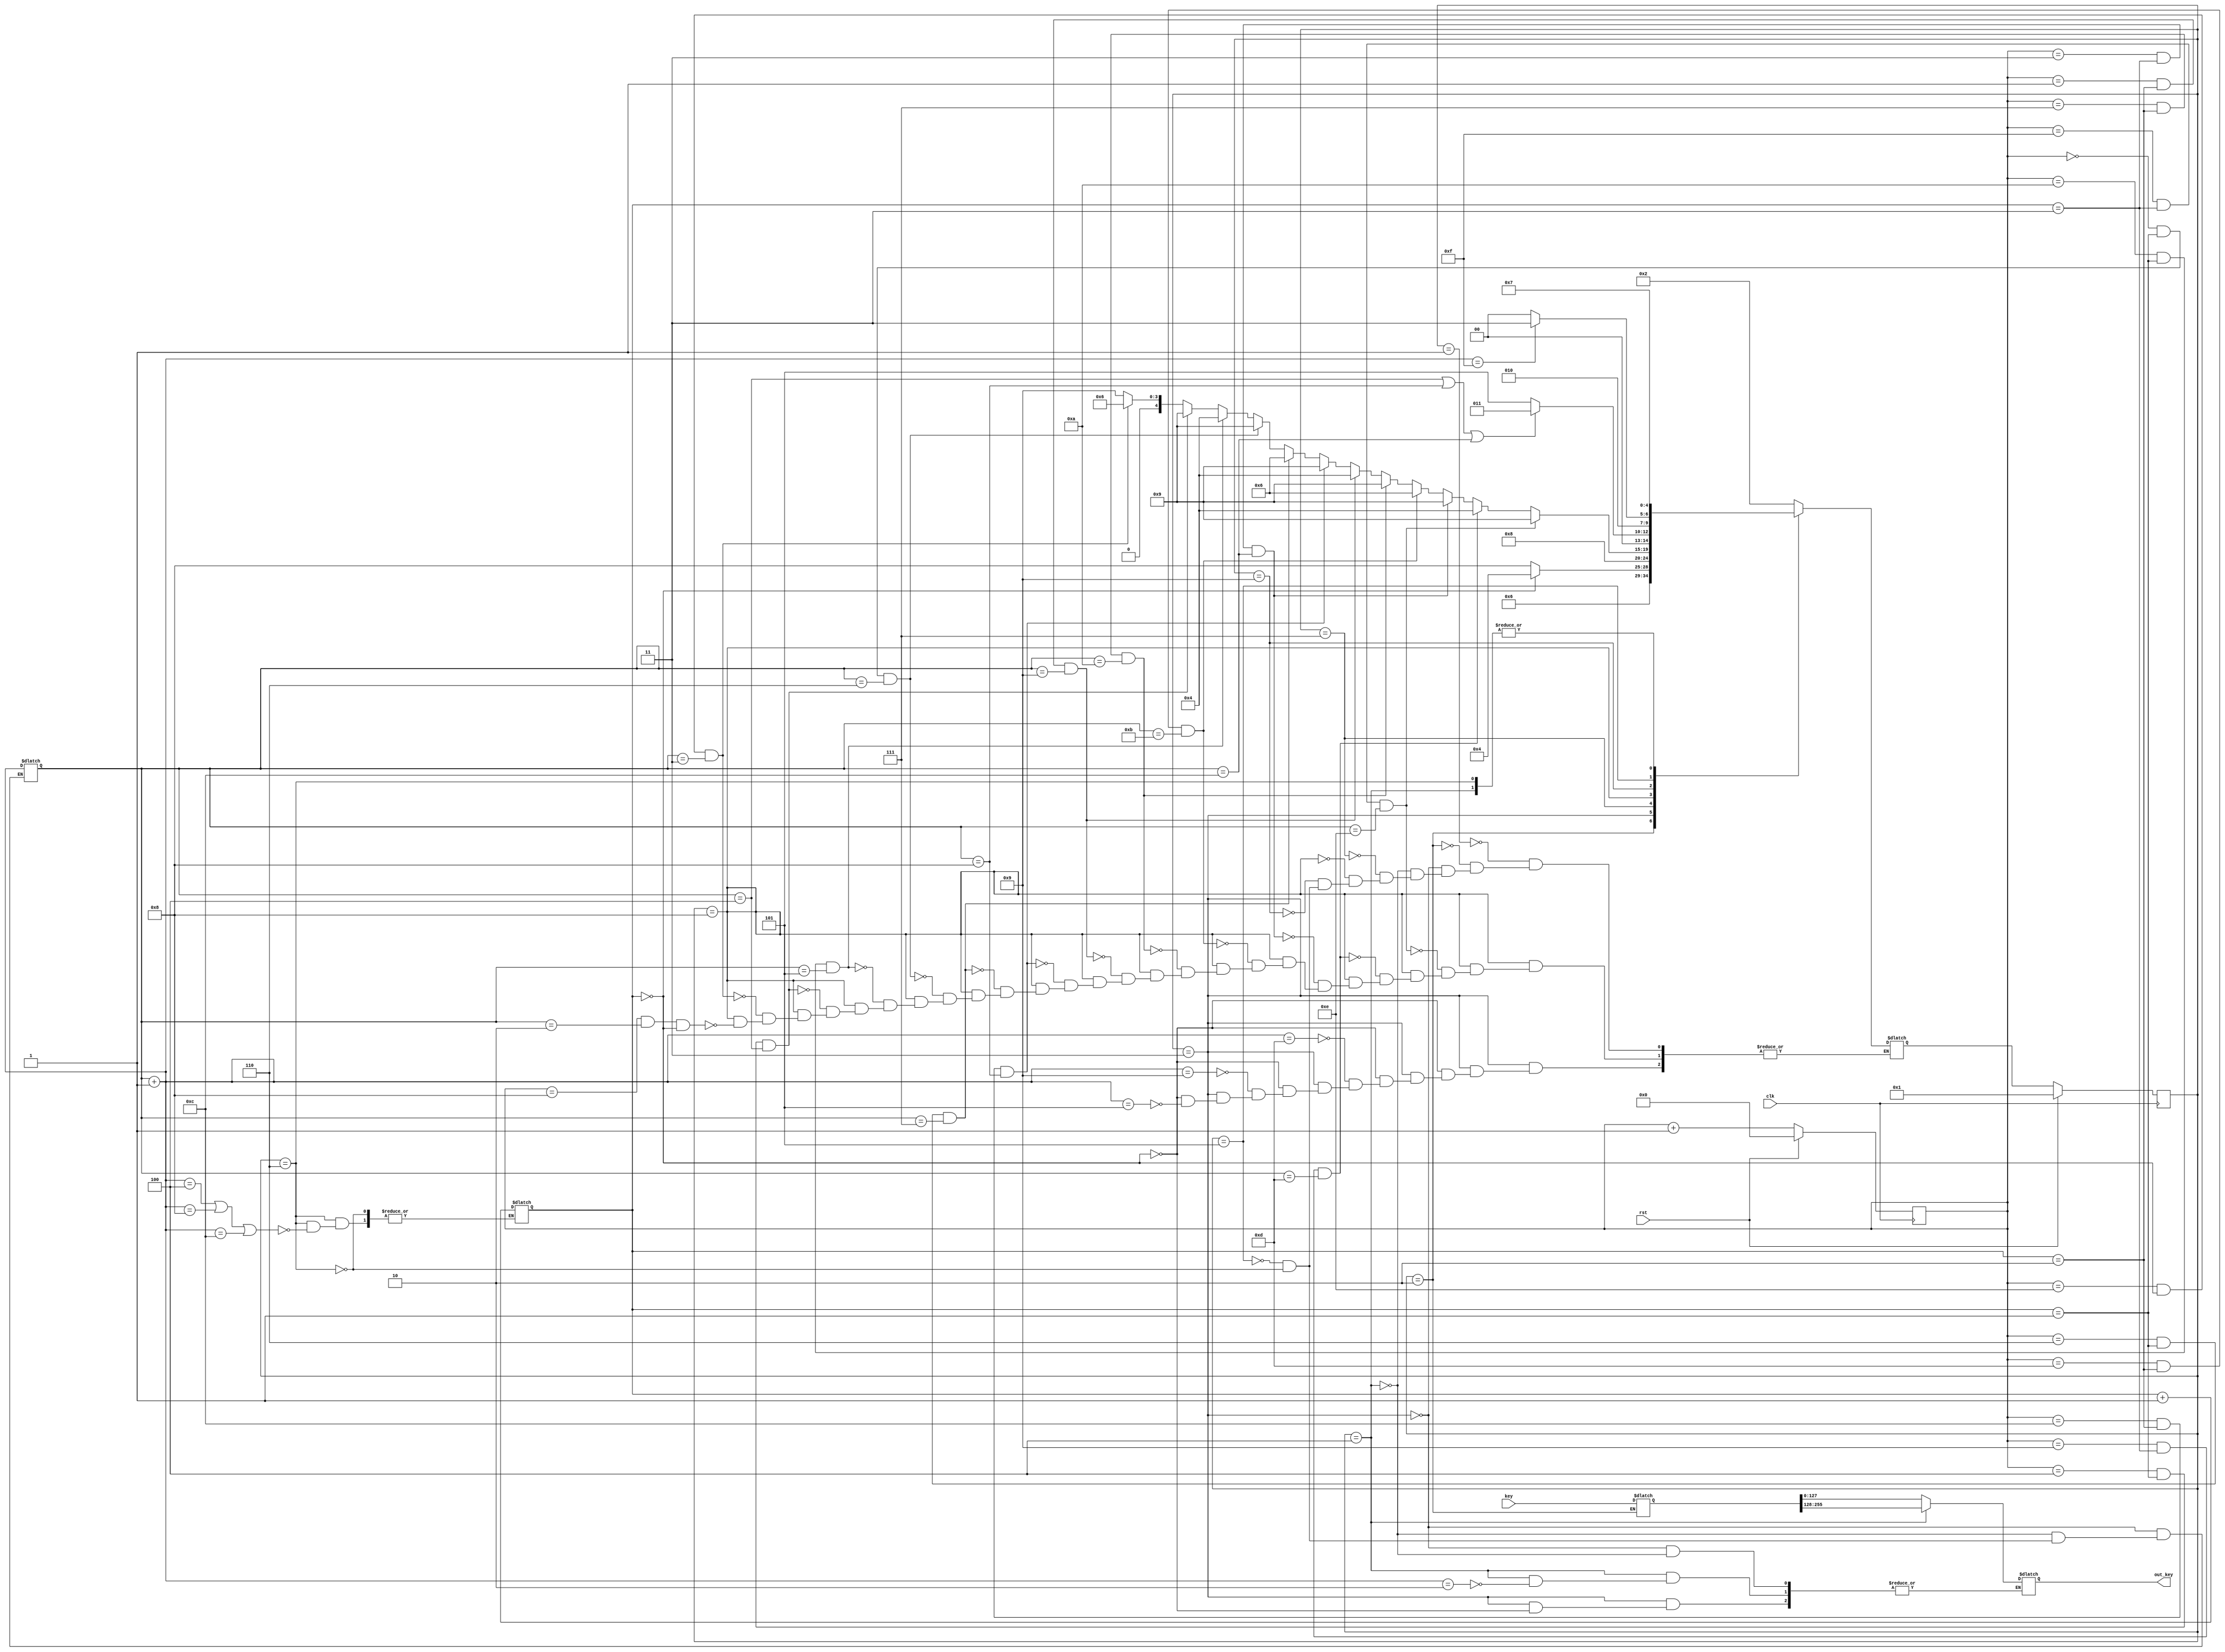
module keyexpansion (
    input wire [255:0] key,
    input wire clk,
    input wire rst,
    output reg [127:0] out_key


);  reg [255:0] key_in,word;
    reg [127:0] expansion1,expansion2,expansion3,expansion4,round1_result,round2_result,round3_result,round4_result,round5_result,round6_result,round7_result,round8_result,round9_result,round10_result,round11_result,round12_result,round13_result,round14_result,round15_result=128'h0;
	reg expansion3_enable,expansion4_enable;
    reg [31:0] temp,temp2,rot,sub,round_constant=32'b0;
    reg [1:0] sub_counter,second_subcounter =2'b00;
    reg [4:0] state,nextstate =4'b0000;
    reg [3:0] word_counter,sub_roundcounter=4'b0000;
	reg [3:0] rounds_counter=4'b0000;

   localparam  IDLE=4'b0001 ;
   localparam  START=4'b0010 ;
   localparam  EXPANSION_1=4'b0011 ;
   localparam  EXPANSION_2=4'b0100 ;
   localparam  EXPANSION_3=4'b0101 ;
   localparam  EXPANSION_4=4'b0110 ;
   localparam  ROT_BYTE=4'b0111 ;
   localparam  SUB_BYTE=4'b1000 ;
   localparam  RC_CON=4'b1001 ;
   localparam  XOR=4'b1010 ;
   localparam  DONE=4'b1011 ;


always @(posedge clk) begin
        if (rst) begin
            state <= IDLE;
            word_counter <= 4'b0000;
            sub_counter <= 2'b00;
        end 
		else begin
            state <= nextstate;
            word_counter <= word_counter + 1;
            sub_counter <= sub_counter + 1;
           
        end
    end
always @(*) begin
    second_subcounter = sub_counter;
    case (state)
        IDLE: begin
            nextstate = START;
        end

        START: begin
            key_in = key;
            nextstate = EXPANSION_1;
        end

        EXPANSION_1: begin
			sub_roundcounter = sub_roundcounter + 1;
            if (rounds_counter == 1'h0) begin
                expansion1 = key_in[127:0];
                round1_result = expansion1;
                out_key =round1_result;
				nextstate=EXPANSION_2;
            end 
		
			else begin
			if(sub_roundcounter == 4'h5) begin
                expansion1[31:0]   = round3_result[31:0] ^ temp2;
                expansion1[63:32]  = round3_result[63:32] ^ expansion1[31:0];
                expansion1[95:64]  = round3_result[95:64] ^ expansion1[63:32];
                expansion1[127:96] = round3_result[127:96] ^ expansion1[95:64];
				round5_result=expansion1;
				rot = round5_result[127:96];
                second_subcounter=2'h0;
				nextstate =SUB_BYTE;
            end
             if(sub_roundcounter == 4'h9) begin
                 expansion1[31:0]   = round7_result[31:0] ^ temp2;
                 expansion1[63:32]  = round7_result[63:32] ^ expansion1[31:0];
                 expansion1[95:64]  = round7_result[95:64] ^ expansion1[63:32];
                 expansion1[127:96] = round7_result[127:96] ^ expansion1[95:64];
				round9_result=expansion1;
				rot = round9_result[127:96];
                second_subcounter=2'h0;
				nextstate =SUB_BYTE;
            end
            if(sub_roundcounter == 4'hD) begin
                 expansion1[31:0]   = round11_result[31:0] ^ temp2;
                 expansion1[63:32]  = round11_result[63:32] ^ expansion1[31:0];
                 expansion1[95:64]  = round11_result[95:64] ^ expansion1[63:32];
                 expansion1[127:96] = round11_result[127:96] ^ expansion1[95:64];
				round13_result=expansion1;
				rot = round13_result[127:96];
                second_subcounter=2'h0;
				nextstate =SUB_BYTE;
            end
			end
		end
        
		EXPANSION_2: begin 	
			sub_roundcounter=sub_roundcounter+1;
            if (sub_roundcounter == 4'h2) begin
                expansion2 = key_in[256:128];
                temp = expansion2[127:96];
                round2_result = expansion2;
                out_key=round2_result;
            end

            if(sub_roundcounter==4'h6)begin

                 expansion2[31:0]   = round4_result[31:0] ^ temp2;
                expansion2[63:32]  = round4_result[63:32] ^ expansion2[31:0];
                expansion2[95:64]  = round4_result[95:64] ^ expansion2[63:32];
                expansion2[127:96] = round4_result[127:96] ^ expansion2[95:64];
				round6_result=expansion2;
                temp=round6_result[127:96];
            end
            if(sub_roundcounter==4'hA)begin

                 expansion2[31:0]   = round8_result[31:0] ^ temp2;
                expansion2[63:32]  = round8_result[63:32] ^ expansion2[31:0];
                expansion2[95:64]  = round8_result[95:64] ^ expansion2[63:32];
                expansion2[127:96] = round8_result[127:96] ^ expansion2[95:64];
				round10_result=expansion2;
                temp=round10_result[127:96];
            end
              if(sub_roundcounter==4'hE)begin

                 expansion2[31:0]   = round12_result[31:0] ^ temp2;
                expansion2[63:32]  = round12_result[63:32] ^ expansion2[31:0];
                expansion2[95:64]  = round12_result[95:64] ^ expansion2[63:32];
                expansion2[127:96] = round12_result[127:96] ^ expansion2[95:64];
				round14_result=expansion2;
                temp=round14_result[127:96];
            end

            nextstate = ROT_BYTE;

        end

        ROT_BYTE: begin
            sub_counter = 2'b00;
            rot = {temp[23:0], temp[31:24]};
            nextstate = SUB_BYTE;
        end
       SUB_BYTE: begin
                
                 
                    case (rot[7:0])
                        8'h00: sub = 8'h63; 8'h01: sub = 8'h7c; 8'h02: sub = 8'h77; 8'h03: sub = 8'h7b;
                        8'h04: sub = 8'hf2; 8'h05: sub = 8'h6b; 8'h06: sub = 8'h6f; 8'h07: sub = 8'hc5;
                        8'h08: sub = 8'h30; 8'h09: sub = 8'h01; 8'h0a: sub = 8'h67; 8'h0b: sub = 8'h2b;
                        8'h0c: sub = 8'hfe; 8'h0d: sub = 8'hd7; 8'h0e: sub = 8'hab; 8'h0f: sub = 8'h76;
                        8'h10: sub = 8'hca; 8'h11: sub = 8'h82; 8'h12: sub = 8'hc9; 8'h13: sub = 8'h7d;
                        8'h14: sub = 8'hfa; 8'h15: sub = 8'h59; 8'h16: sub = 8'h47; 8'h17: sub = 8'hf0;
                        8'h18: sub = 8'had; 8'h19: sub = 8'hd4; 8'h1a: sub = 8'ha2; 8'h1b: sub = 8'haf;
                        8'h1c: sub = 8'h9c; 8'h1d: sub = 8'ha4; 8'h1e: sub = 8'h72; 8'h1f: sub = 8'hc0;
                        8'h20: sub = 8'hb7; 8'h21: sub = 8'hfd; 8'h22: sub = 8'h93; 8'h23: sub = 8'h26;
                        8'h24: sub = 8'h36; 8'h25: sub = 8'h3f; 8'h26: sub = 8'hf7; 8'h27: sub = 8'hcc;
                        8'h28: sub = 8'h34; 8'h29: sub = 8'ha5; 8'h2a: sub = 8'he5; 8'h2b: sub = 8'hf1;
                        8'h2c: sub = 8'h71; 8'h2d: sub = 8'hd8; 8'h2e: sub = 8'h31; 8'h2f: sub = 8'h15;
                        8'h30: sub = 8'h04; 8'h31: sub = 8'hc7; 8'h32: sub = 8'h23; 8'h33: sub = 8'hc3;
                        8'h34: sub = 8'h18; 8'h35: sub = 8'h96; 8'h36: sub = 8'h05; 8'h37: sub = 8'h9a;
                        8'h38: sub = 8'h07; 8'h39: sub = 8'h12; 8'h3a: sub = 8'h80; 8'h3b: sub = 8'he2;
                        8'h3c: sub = 8'heb; 8'h3d: sub = 8'h27; 8'h3e: sub = 8'hb2; 8'h3f: sub = 8'h75;
                        8'h40: sub = 8'h09; 8'h41: sub = 8'h83; 8'h42: sub = 8'h2c; 8'h43: sub = 8'h1a;
                        8'h44: sub = 8'h1b; 8'h45: sub = 8'h6e; 8'h46: sub = 8'h5a; 8'h47: sub = 8'ha0;
                        8'h48: sub = 8'h52; 8'h49: sub = 8'h3b; 8'h4a: sub = 8'hd6; 8'h4b: sub = 8'hb3;
                        8'h4c: sub = 8'h29; 8'h4d: sub = 8'he3; 8'h4e: sub = 8'h2f; 8'h4f: sub = 8'h84;
                        8'h50: sub = 8'h53; 8'h51: sub = 8'hd1; 8'h52: sub = 8'h00; 8'h53: sub = 8'hed;
                        8'h54: sub = 8'h20; 8'h55: sub = 8'hfc; 8'h56: sub = 8'hb1; 8'h57: sub = 8'h5b;
                        8'h58: sub = 8'h6a; 8'h59: sub = 8'hcb; 8'h5a: sub = 8'hbe; 8'h5b: sub = 8'h39;
                        8'h5c: sub = 8'h4a; 8'h5d: sub = 8'h4c; 8'h5e: sub = 8'h58; 8'h5f: sub = 8'hcf;
                        8'h60: sub = 8'hd0; 8'h61: sub = 8'hef; 8'h62: sub = 8'haa; 8'h63: sub = 8'hfb;
                        8'h64: sub = 8'h43; 8'h65: sub = 8'h4d; 8'h66: sub = 8'h33; 8'h67: sub = 8'h85;
                        8'h68: sub = 8'h45; 8'h69: sub = 8'hf9; 8'h6a: sub = 8'h02; 8'h6b: sub = 8'h7f;
                        8'h6c: sub = 8'h50; 8'h6d: sub = 8'h3c; 8'h6e: sub = 8'h9f; 8'h6f: sub = 8'ha8;
                        8'h70: sub = 8'h51; 8'h71: sub = 8'ha3; 8'h72: sub = 8'h40; 8'h73: sub = 8'h8f;
                        8'h74: sub = 8'h92; 8'h75: sub = 8'h9d; 8'h76: sub = 8'h38; 8'h77: sub = 8'hf5;
                        8'h78: sub = 8'hbc; 8'h79: sub = 8'hb6; 8'h7a: sub = 8'hda; 8'h7b: sub = 8'h21;
                        8'h7c: sub = 8'h10; 8'h7d: sub = 8'hff; 8'h7e: sub = 8'hf3; 8'h7f: sub = 8'hd2;
                        8'h80: sub = 8'hcd; 8'h81: sub = 8'h0c; 8'h82: sub = 8'h13; 8'h83: sub = 8'hec;
                        8'h84: sub = 8'h5f; 8'h85: sub = 8'h97; 8'h86: sub = 8'h44; 8'h87: sub = 8'h17;
                        8'h88: sub = 8'hc4; 8'h89: sub = 8'ha7; 8'h8a: sub = 8'h7e; 8'h8b: sub = 8'h3d;
                        8'h8c: sub = 8'h64; 8'h8d: sub = 8'h5d; 8'h8e: sub = 8'h19; 8'h8f: sub = 8'h73;
                        8'h90: sub = 8'h60; 8'h91: sub = 8'h81; 8'h92: sub = 8'h4f; 8'h93: sub = 8'hdc;
                        8'h94: sub = 8'h22; 8'h95: sub = 8'h2a; 8'h96: sub = 8'h90; 8'h97: sub = 8'h88;
                        8'h98: sub = 8'h46; 8'h99: sub = 8'hee; 8'h9a: sub = 8'hb8; 8'h9b: sub = 8'h14;
                        8'h9c: sub = 8'hde; 8'h9d: sub = 8'h5e; 8'h9e: sub = 8'h0b; 8'h9f: sub = 8'hdb;
                        8'ha0: sub = 8'he0; 8'ha1: sub = 8'h32; 8'ha2: sub = 8'h3a; 8'ha3: sub = 8'h0a;
                        8'ha4: sub = 8'h49; 8'ha5: sub = 8'h06; 8'ha6: sub = 8'h24; 8'ha7: sub = 8'h5c;
                        8'ha8: sub = 8'hc2; 8'ha9: sub = 8'hd3; 8'haa: sub = 8'hac; 8'hab: sub = 8'h62;
                        8'hac: sub = 8'h91; 8'had: sub = 8'h95; 8'hae: sub = 8'he4; 8'haf: sub = 8'h79;
                        8'hb0: sub = 8'he7; 8'hb1: sub = 8'hc8; 8'hb2: sub = 8'h37; 8'hb3: sub = 8'h6d;
                        8'hb4: sub = 8'h8d; 8'hb5: sub = 8'hd5; 8'hb6: sub = 8'h4e; 8'hb7: sub = 8'ha9;
                        8'hb8: sub = 8'h6c; 8'hb9: sub = 8'h56; 8'hba: sub = 8'hf4; 8'hbb: sub = 8'hea;
                        8'hbc: sub = 8'h65; 8'hbd: sub = 8'h7a; 8'hbe: sub = 8'hae; 8'hbf: sub = 8'h08;
                        8'hc0: sub = 8'hba; 8'hc1: sub = 8'h78; 8'hc2: sub = 8'h25; 8'hc3: sub = 8'h2e;
                        8'hc4: sub = 8'h1c; 8'hc5: sub = 8'ha6; 8'hc6: sub = 8'hb4; 8'hc7: sub = 8'hc6;
                        8'hc8: sub = 8'he8; 8'hc9: sub = 8'hdd; 8'hca: sub = 8'h74; 8'hcb: sub = 8'h1f;
                        8'hcc: sub = 8'h4b; 8'hcd: sub = 8'hbd; 8'hce: sub = 8'h8b; 8'hcf: sub = 8'h8a;
                        8'hd0: sub = 8'h70; 8'hd1: sub = 8'h3e; 8'hd2: sub = 8'hb5; 8'hd3: sub = 8'h66;
                        8'hd4: sub = 8'h48; 8'hd5: sub = 8'h03; 8'hd6: sub = 8'hf6; 8'hd7: sub = 8'h0e;
                        8'hd8: sub = 8'h61; 8'hd9: sub = 8'h35; 8'hda: sub = 8'h57; 8'hdb: sub = 8'hb9;
                        8'hdc: sub = 8'h86; 8'hdd: sub = 8'hc1; 8'hde: sub = 8'h1d; 8'hdf: sub = 8'h9e;
                        8'he0: sub = 8'he1; 8'he1: sub = 8'hf8; 8'he2: sub = 8'h98; 8'he3: sub = 8'h11;
                        8'he4: sub = 8'h69; 8'he5: sub = 8'hd9; 8'he6: sub = 8'h8e; 8'he7: sub = 8'h94;
                        8'he8: sub = 8'h9b; 8'he9: sub = 8'h1e; 8'hea: sub = 8'h87; 8'heb: sub = 8'he9;
                        8'hec: sub = 8'hce; 8'hed: sub = 8'h55; 8'hee: sub = 8'h28; 8'hef: sub = 8'hdf;
                        8'hf0: sub = 8'h8c; 8'hf1: sub = 8'ha1; 8'hf2: sub = 8'h89; 8'hf3: sub = 8'h0d;
                        8'hf4: sub = 8'hbf; 8'hf5: sub = 8'he6; 8'hf6: sub = 8'h42; 8'hf7: sub = 8'h68;
                        8'hf8: sub = 8'h41; 8'hf9: sub = 8'h99; 8'hfa: sub = 8'h2d; 8'hfb: sub = 8'h0f;
                        8'hfc: sub = 8'hb0; 8'hfd: sub = 8'h54; 8'hfe: sub = 8'hbb; 8'hff: sub = 8'h16;
                    endcase

        rot = rot >> 8;
        temp2 = {sub[7:0], temp2[31:8]};
        temp = temp << 8;
    

    if (word_counter == 4'h8 && sub_roundcounter ==4'h2 && rounds_counter==4'h0) begin
        nextstate = RC_CON;
    end
    if (word_counter == 4'he && rounds_counter ==4'h0 && sub_roundcounter==4'h3) begin
        nextstate = EXPANSION_4;
    end 
    if (word_counter == 4'h4 && rounds_counter == 4'h1 &&sub_roundcounter==4'h4) begin
			  nextstate=RC_CON;
			//   nextstate=EXPANSION_1;
		end
     if (word_counter == 4'ha && rounds_counter == 4'h1 && sub_roundcounter==4'h5) begin
			//  nextstate=EXPANSION_2;
			  nextstate=EXPANSION_2;
		end
		//PASS TILL HERE WORD20
	 if (word_counter == 4'h0 && rounds_counter == 4'h1 && sub_roundcounter==4'h6) begin
			 nextstate=RC_CON;
		end
        //PASS TILL HERE WORD24
    if(word_counter ==4'h6 && rounds_counter ==4'h1 && sub_roundcounter==4'h7)begin
            nextstate=EXPANSION_4;
 end//PASS TILL HERE WORD28

    if(word_counter ==4'hc && rounds_counter ==4'h2 && sub_roundcounter==4'h8)begin
            nextstate=RC_CON;
 end//PASS TILL HERE WORD32
    if(word_counter ==4'h1 && rounds_counter ==4'h2 && sub_roundcounter==4'h9)begin
            nextstate=EXPANSION_2;
 end//PASS TILL HERE WORD36
 
    if(word_counter ==4'h7 && rounds_counter ==4'h2 && sub_roundcounter==4'ha)begin
            nextstate=RC_CON;
 end//PASS TILL HERE WORD40
    if(word_counter ==4'hD && rounds_counter ==4'h2 && sub_roundcounter==4'hB)begin
            nextstate=EXPANSION_4;
 end//PASS TILL HERE WORD44
 if(word_counter ==4'h3 && rounds_counter ==4'h3 && sub_roundcounter==4'hC)begin
            nextstate=RC_CON;
 end//PASS TILL HERE WORD48
 if(word_counter ==4'h9 && rounds_counter ==4'h3 && sub_roundcounter==4'hD)begin
            nextstate=EXPANSION_2;
 end//PASS TILL HERE WORD52
 if(word_counter ==4'hF && rounds_counter ==4'h3 && sub_roundcounter==4'hE)begin
            nextstate=RC_CON;
 end
//  if(word_counter ==4'hF && rounds_counter ==4'h3 && sub_roundcounter==4'hE)begin
//             nextstate=RC_CON;
//  end
 
       end  
		RC_CON: begin
   		 case (sub_roundcounter)
        4'h2: round_constant = {temp2[31:24] ^ 8'h01, temp2[23:0]};
        4'h4: round_constant = {temp2[31:24] ^ 8'h02, temp2[23:0]};
        4'h6: round_constant = {temp2[31:24] ^ 8'h04, temp2[23:0]};
        4'h8: round_constant = {temp2[31:24] ^ 8'h08, temp2[23:0]};
        4'hA: round_constant = {temp2[31:24] ^ 8'h10, temp2[23:0]};
        4'hC: round_constant = {temp2[31:24] ^ 8'h20, temp2[23:0]};
        4'hE: round_constant = {temp2[31:24] ^ 8'h40, temp2[23:0]};
       
    endcase

    if (sub_roundcounter == 4'h4 ||sub_roundcounter==4'h8||sub_roundcounter==4'hC) begin
        nextstate = EXPANSION_1;
    end else begin
        nextstate = EXPANSION_3;
    end
end

	EXPANSION_3: begin
		sub_roundcounter =sub_roundcounter+1;
    expansion3[31:0]  = expansion1[31:0] ^ round_constant;
    expansion3[63:32] = expansion1[63:32] ^ expansion3[31:0];
    expansion3[95:64] = expansion1[95:64] ^ expansion3[63:32];
    expansion3[127:96] = expansion1[127:96] ^ expansion3[95:64];
    
 
    rot = expansion3[127:96];
    sub_counter = 2'b00;
 
    
	if (sub_roundcounter ==4'h3) begin
        round3_result = expansion3;
    end
    if (sub_roundcounter==4'h7) begin
        round7_result=expansion3;
    end
    if (sub_roundcounter==4'hB) begin
        round11_result=expansion3;
    end
    if (sub_roundcounter==4'hF) begin
        round15_result=expansion3;
        nextstate=DONE;
    end
    else begin
 
		nextstate = SUB_BYTE;
    end
end

	EXPANSION_4: begin
		    sub_roundcounter = sub_roundcounter + 1;

    expansion4[31:0]  = expansion2[31:0] ^ temp2;
    expansion4[63:32] = expansion2[63:32] ^ expansion4[31:0];
    expansion4[95:64] = expansion2[95:64] ^ expansion4[63:32];
    expansion4[127:96] = expansion2[127:96] ^ expansion4[95:64];

    if (rounds_counter == 1'b0) begin
        round4_result = expansion4;
    end
    if (rounds_counter==1'b1) begin
        round8_result =expansion4;
    end
    if (rounds_counter==4'h2) begin
        round12_result =expansion4;
    end


    if (sub_roundcounter == 4'h4 ||sub_roundcounter ==4'h8||sub_roundcounter==4'hc) begin
        rounds_counter = rounds_counter + 1;
    end

    temp = expansion4[127:96];
    nextstate = ROT_BYTE;
end

	
        endcase
      end

endmodule